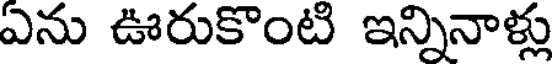
ఎను ఊరుకొంటి ఇన్నినాళ్లు